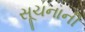
સૂચનાની